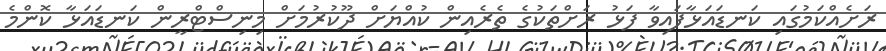
ރަށެއްކަމުގައި ކަނޑައަޅާފައިވާ ފަޅު ރަށްތަކުގެ ތެރެއިން ކުއްޔަށް ދޫކުރުމަށް މިނިސްޓްރީން ކަނޑައަޅާ ކޮންމެ